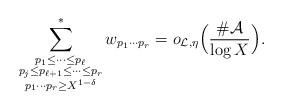
LaTeX: \begin{align*}\sum_{\substack{p_1\le \dots\le p_\ell \\ p_j\le p_{\ell+1}\le \dots \le p_r\\ p_1\cdots p_r\ge X^{1-\delta}}}^* w_{p_1\cdots p_r}=o_{\mathcal{L},\eta}\Bigl(\frac{\#\mathcal{A}}{\log{X}}\Bigr).\end{align*}